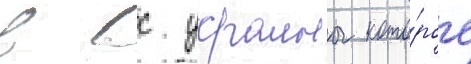
в вс украины кото́рое